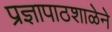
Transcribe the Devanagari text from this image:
प्रज्ञापाठशाळेने